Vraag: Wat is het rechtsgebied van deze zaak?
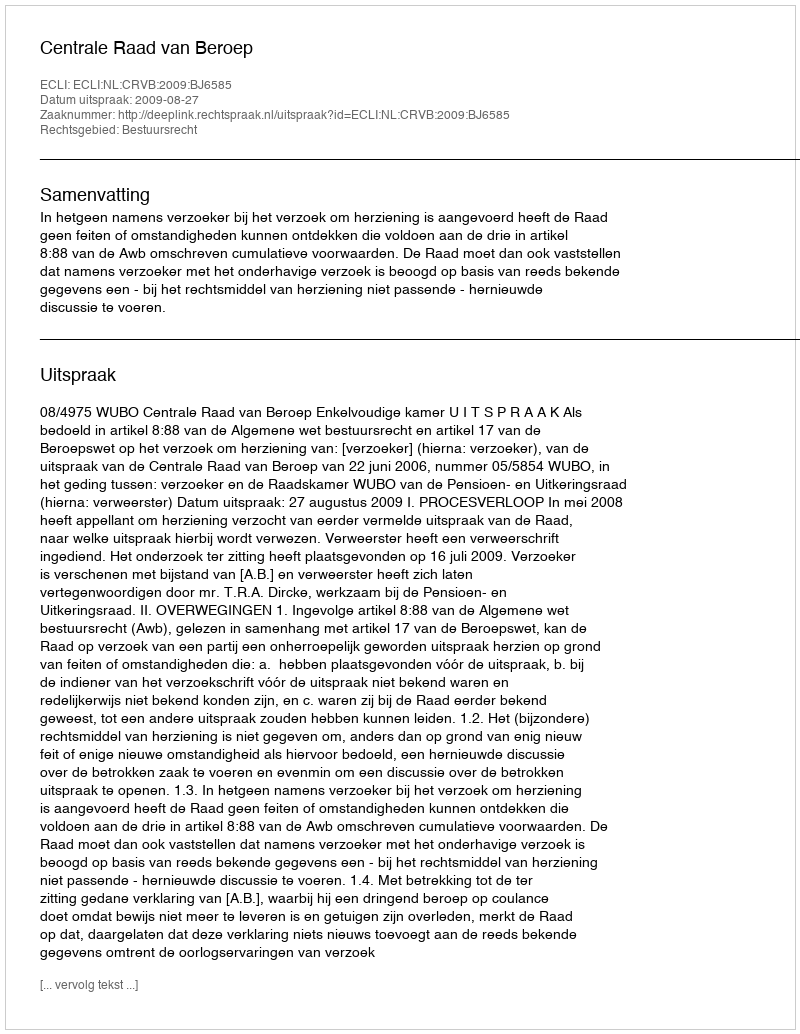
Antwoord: Bestuursrecht